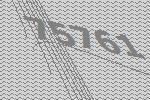
75761